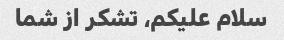
سلام علیکم، تشکر از شما